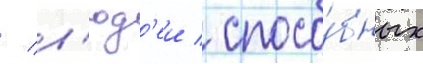
/ л'юд'еи / спосо́бных